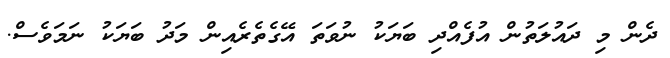
ދެން މި ދައުލަތުން އުފެއްދި ބަޔަކު ނުވަތަ އޭގެތެރެއިން މަދު ބަޔަކު ނަމަވެސް.